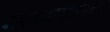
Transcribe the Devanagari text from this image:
सरकारचालवतात